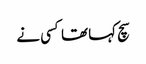
سچ کہا تھا کسی نے